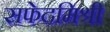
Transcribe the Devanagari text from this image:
सफेदमिश्री